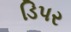
ડિપર